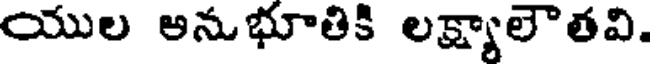
యుల అనుభూతికి లక్ష్యాలౌతవి.